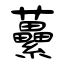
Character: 虆